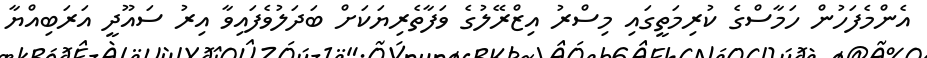
އެންމެފަހުން ހަމާސްގެ ކުރިމަތީގައި މިސްރު އިޒްރޭލުގެ ވަފާތެރިޔަކަށް ބަދަލުވެފައިވާ އިރު ސައޫދީ އަރަބިއްޔާ